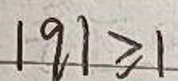
$|q|\geqslant 1$